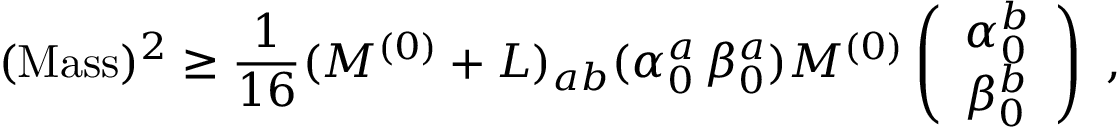
( \mathrm { M a s s } ) ^ { 2 } \geq { \frac { 1 } { 1 6 } } ( M ^ { ( 0 ) } + L ) _ { a b } ( \alpha _ { 0 } ^ { a } \, \beta _ { 0 } ^ { a } ) { \cal M } ^ { ( 0 ) } \left( \begin{array} { l } { { \alpha _ { 0 } ^ { b } } } \\ { { \beta _ { 0 } ^ { b } } } \end{array} \right) ~ ,